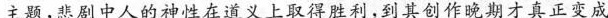
主题，悲剧中人的神性在道义上取得胜利，到其创作晚期才真正变成